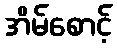
အိမ်စောင့်